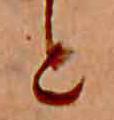
と